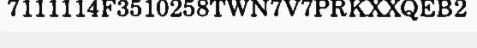
7111114F3510258TWN7V7PRKXXQEB2